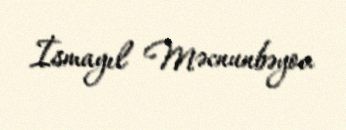
İsmayıl Məcnunbəyov